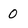
Character: 0